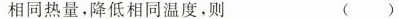
相同热量,降低相同温度,则（）